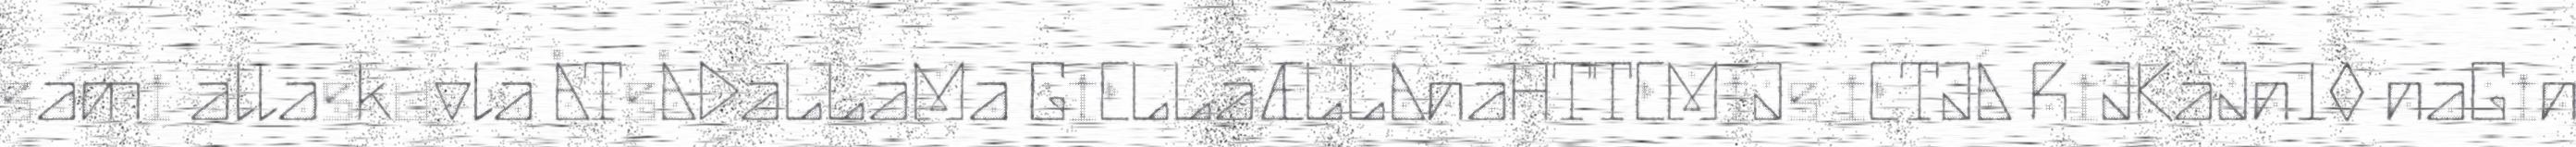
sámi allaskuvla ÅTsÅDaLLaMa GiELLaÆLLÁnaHTTEMiJs iETJÁ RiJKaJn10 naGin